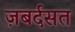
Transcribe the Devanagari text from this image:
ज़बर्दसत